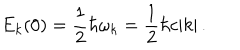
LaTeX: E _ { k } ( 0 ) = \frac { 1 } { 2 } \hbar \omega _ { k } = \frac { 1 } { 2 } \hbar c | k | \, .